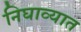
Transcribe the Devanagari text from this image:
निघाव्यात